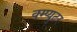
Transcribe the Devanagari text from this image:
क्म्प्युटर